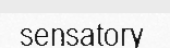
sensatory